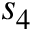
s _ { 4 }